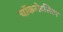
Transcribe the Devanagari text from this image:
चॉकलेटसिरप